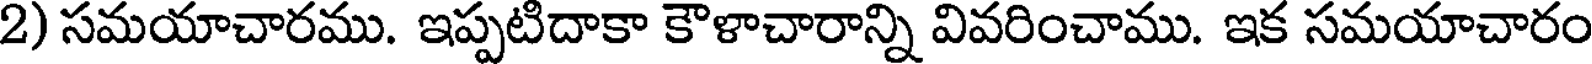
2) సమయాచారము. ఇప్పటిదాకా కౌళాచారాన్ని వివరించాము. ఇక సమయాచారం